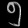
Digit: ၅